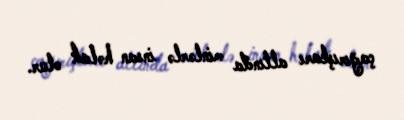
çağırışları altında minlərlə insan həlak olur.